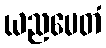
ယညမေတံ